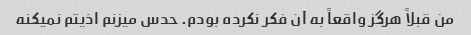
من قبلاً هرگز واقعاً به آن فکر نکرده بودم. حدس میزنم اذیتم نمیکنه